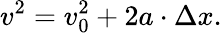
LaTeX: v^{2}=v_{0}^{2}+2a\cdot\Delta x.